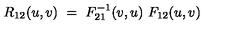
R _ { 1 2 } ( u , v ) \ = \ F _ { 2 1 } ^ { - 1 } ( v , u ) \ F _ { 1 2 } ( u , v )